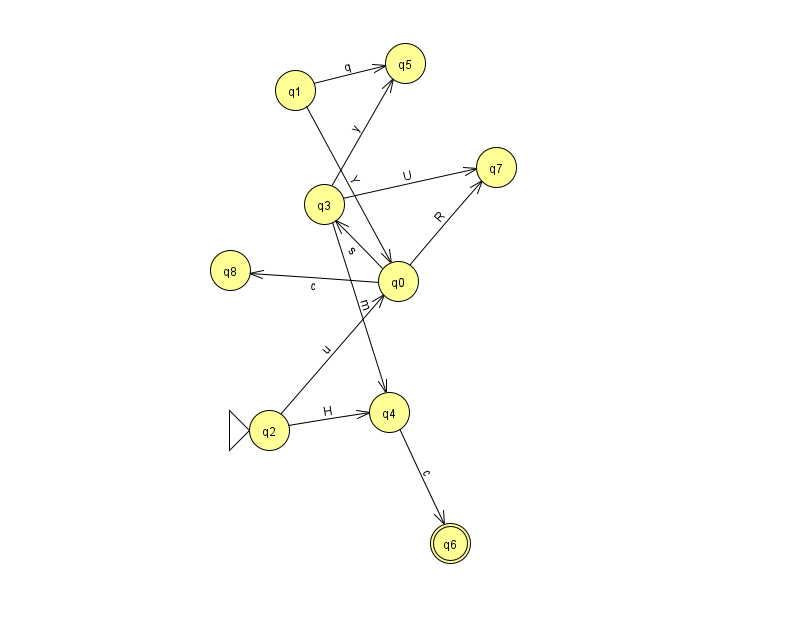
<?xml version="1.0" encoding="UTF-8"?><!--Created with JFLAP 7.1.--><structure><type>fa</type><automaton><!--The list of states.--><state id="0" name="q0"><x>398.0</x><y>268.0</y></state><state id="1" name="q1"><x>295.0</x><y>77.0</y></state><state id="2" name="q2"><x>269.0</x><y>417.0</y><initial/></state><state id="3" name="q3"><x>324.0</x><y>191.0</y></state><state id="4" name="q4"><x>389.0</x><y>399.0</y></state><state id="5" name="q5"><x>405.0</x><y>50.0</y></state><state id="6" name="q6"><x>450.0</x><y>530.0</y><final/></state><state id="7" name="q7"><x>496.0</x><y>154.0</y></state><state id="8" name="q8"><x>230.0</x><y>257.0</y></state><!--The list of transitions.--><transition><from>3</from><to>5</to><read>y</read></transition><transition><from>2</from><to>0</to><read>u</read></transition><transition><from>3</from><to>4</to><read>m</read></transition><transition><from>4</from><to>6</to><read>c</read></transition><transition><from>0</from><to>3</to><read>s</read></transition><transition><from>2</from><to>4</to><read>H</read></transition><transition><from>3</from><to>7</to><read>U</read></transition><transition><from>0</from><to>8</to><read>c</read></transition><transition><from>1</from><to>0</to><read>Y</read></transition><transition><from>0</from><to>7</to><read>R</read></transition><transition><from>1</from><to>5</to><read>q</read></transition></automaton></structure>